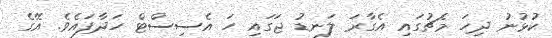
ކުޅުނު ދިހަ މެޗުގައި އެގާރަ ލަނޑު ޖަގައި ހަ އެސިސްޓް ހަދާފައެވެ. އޭގެ